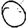
Digit: 0